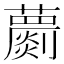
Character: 蘮